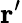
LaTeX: \mathbf{r}{'}